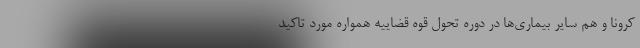
کرونا و هم سایر بیماری‌ها در دوره تحول قوه قضاییه همواره مورد تاکید